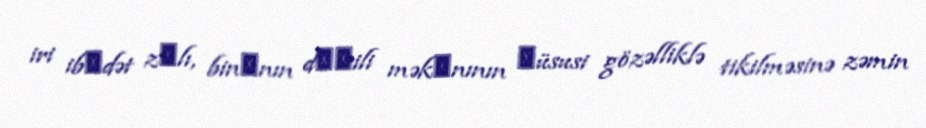
iri ibаdət zаlı, binаnın dахili məkаnının хüsusi gözəlliklə tikilməsinə zəmin